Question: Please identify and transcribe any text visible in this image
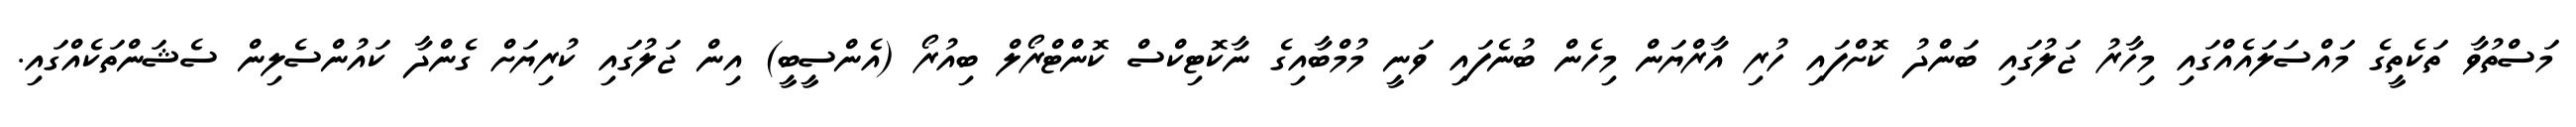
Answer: މަސްތުވާ ތަކެތީގެ މައްސަލައެއްގައި މިހާރު ޖަލުގައި ބަންދު ކޮށްފައި ހުރި އާރްޔަން މިހެން ބުނެފައި ވަނީ މުމްބާއިގެ ނާކޮޓިކްސް ކޮންޓްރޯލް ބިއުރޯ (އެންސީބީ) އިން ޖަލުގައި ކުރިޔަށް ގެންދާ ކައުންސެލިން ސެޝަންތަކެއްގައި.